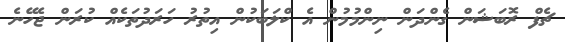
ޗެފް ރޮބަޝަން ގެންދަން ނިންމުމުން އެ ކްލަބަކުން އިތުރު ހަރަދުތަކެއް ކުރަން ޖެހޭނެ